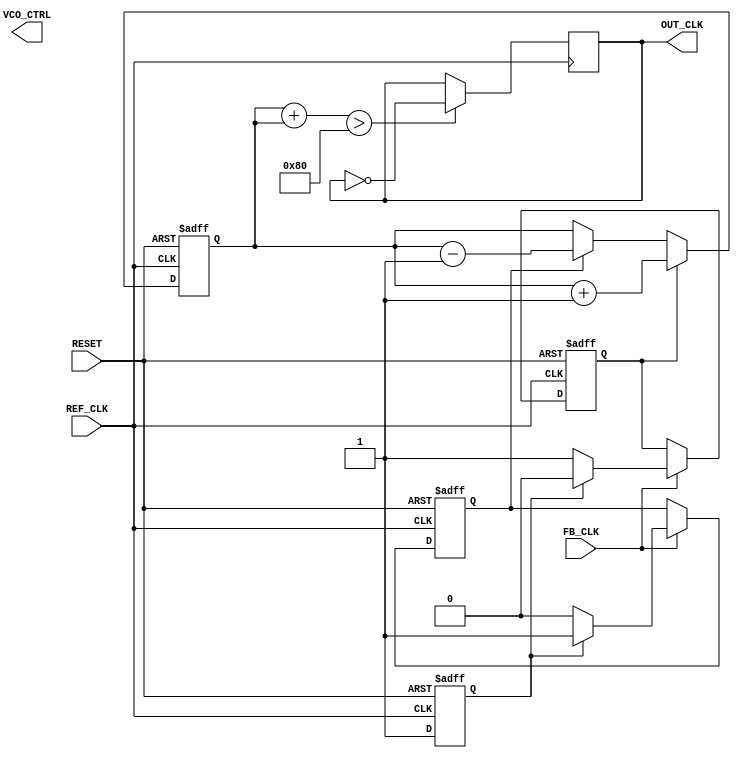
module dual_loop_pll (
    input wire REF_CLK,          // Reference clock input
    input wire FB_CLK,           // Feedback clock input
    input wire RESET,            // Asynchronous reset
    output wire OUT_CLK,         // Output clock
    output wire [7:0] VCO_CTRL   // Control signal for VCO (for example)
);

    // State declarations for the Phase-Frequency Detector (PFD)
    reg pfd_up, pfd_down;
    reg ref_last, fb_last;

    // Charge Pump (CP) outputs
    reg [7:0] charge_pump_out;

    // Loop filter outputs
    wire [7:0] fast_loop_filter_out;
    wire [7:0] slow_loop_filter_out;
    reg [7:0] control_voltage;

    // Voltage-Controlled Oscillator (VCO)
    reg [7:0] vco_frequency;

    // Simple PFD implementation
    always @(posedge REF_CLK or posedge RESET) begin
        if (RESET) begin
            pfd_up <= 0;
            pfd_down <= 0;
            ref_last <= 0;
        end else if (FB_CLK) begin
            if (!ref_last) begin
                pfd_up <= 1;    // REF_CLK is leading FB_CLK
                pfd_down <= 0;
            end else begin
                pfd_up <= 0;
                pfd_down <= 1;  // REF_CLK is lagging FB_CLK
            end
        end
        ref_last <= 1;
    end

    // Charge Pump Logic
    always @(posedge REF_CLK or posedge RESET) begin
        if (RESET) begin
            charge_pump_out <= 0;
        end else begin
            if (pfd_up)
                charge_pump_out <= charge_pump_out + 1;
            else if (pfd_down)
                charge_pump_out <= charge_pump_out - 1;
        end
    end

    // Simple Loop Filter (For demonstration purposes: use integrators or other filter designs in practice)
    assign fast_loop_filter_out = charge_pump_out; // Fast response filter
    assign slow_loop_filter_out = charge_pump_out; // Slow response filter
    always @(*) begin
        control_voltage = fast_loop_filter_out + slow_loop_filter_out; // Combine outputs
    end

    // Voltage-Controlled Oscillator (VCO) logic
    always @(*) begin
        vco_frequency = control_voltage; // In practice, implement frequency scaling logic
    end

    // Generate output clock based on VCO frequency (example implementation)
    reg out_clk_reg;
    always @(posedge REF_CLK) begin
        out_clk_reg <= (vco_frequency > 128) ? ~out_clk_reg : out_clk_reg; // Basic toggling logic
    end

    assign OUT_CLK = out_clk_reg;

endmodule